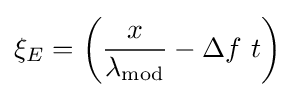
\xi _{E}=\left({\frac {x}{\lambda _{\rm {mod}}}}-\Delta f\ t\right)\